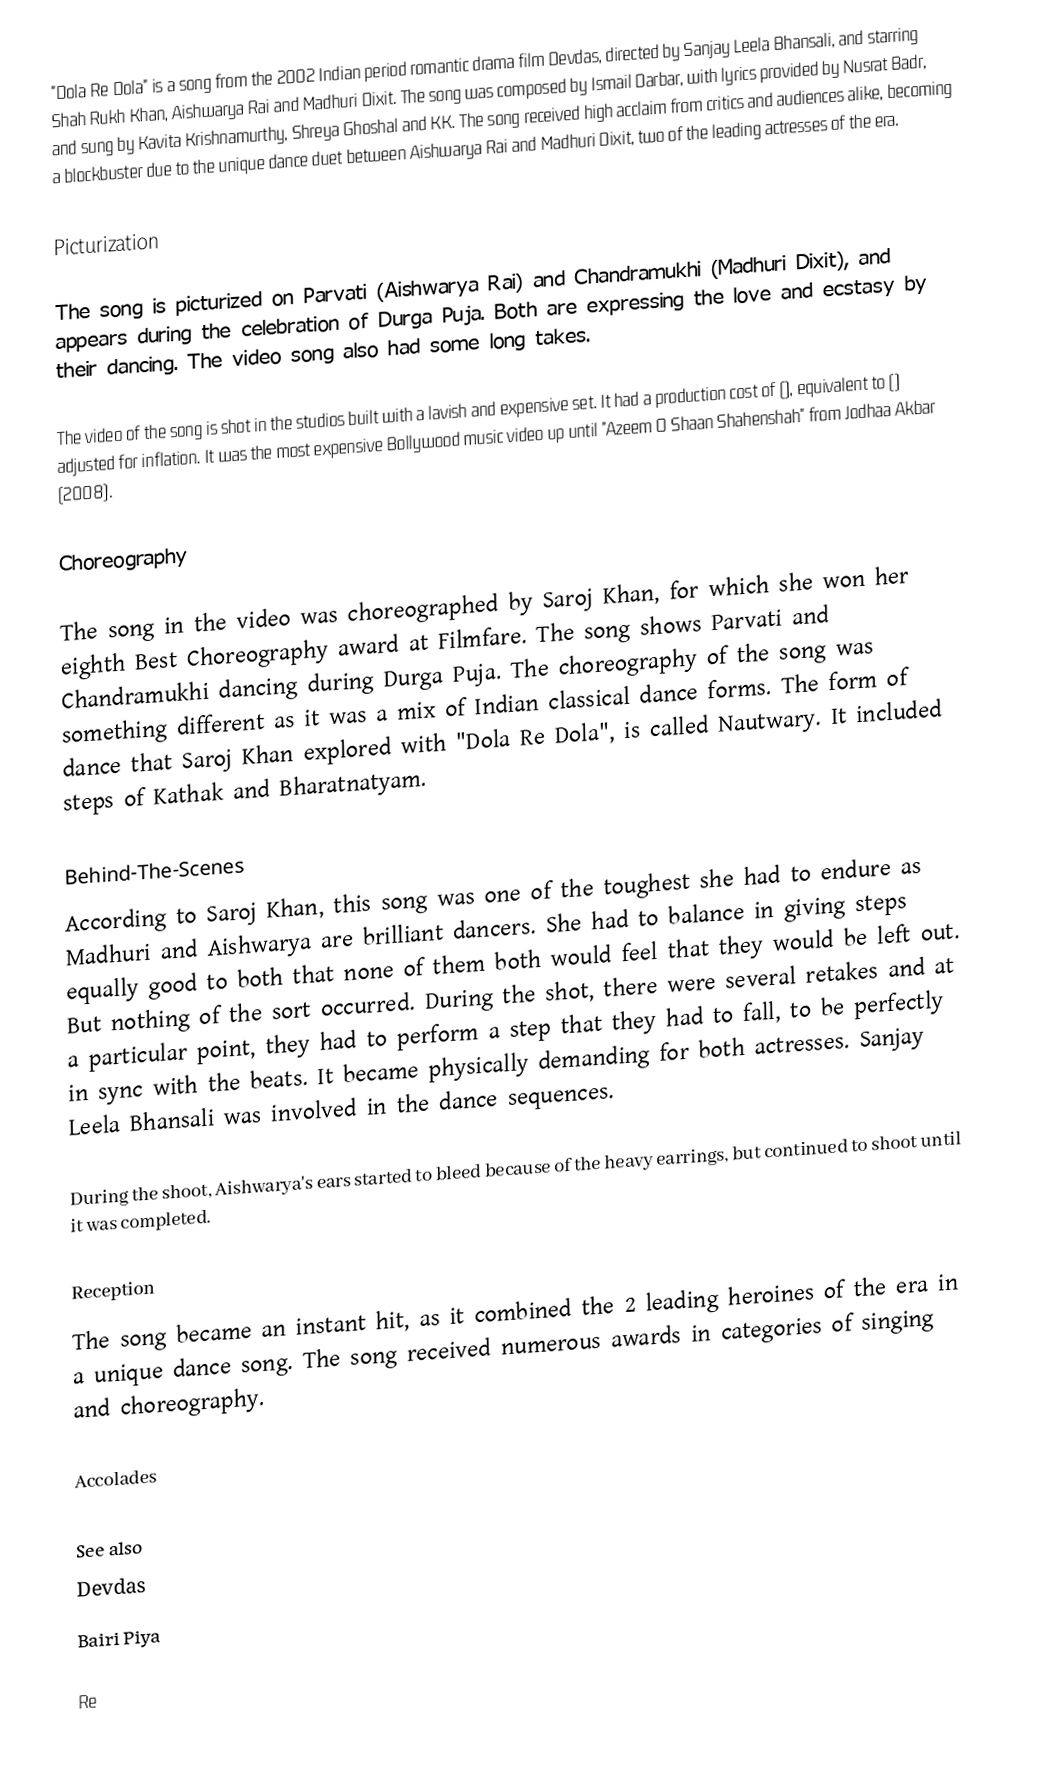
"Dola Re Dola" is a song from the 2002 Indian period romantic drama film Devdas, directed by Sanjay Leela Bhansali, and starring Shah Rukh Khan, Aishwarya Rai and Madhuri Dixit. The song was composed by Ismail Darbar, with lyrics provided by Nusrat Badr, and sung by Kavita Krishnamurthy, Shreya Ghoshal and KK. The song received high acclaim from critics and audiences alike, becoming a blockbuster due to the unique dance duet between Aishwarya Rai and Madhuri Dixit, two of the leading actresses of the era.

Picturization

The song is picturized on Parvati (Aishwarya Rai) and Chandramukhi (Madhuri Dixit), and appears during the celebration of Durga Puja. Both are expressing the love and ecstasy by their dancing. The video song also had some long takes.

The video of the song is shot in the studios built with a lavish and expensive set. It had a production cost of  (), equivalent to  () adjusted for inflation. It was the most expensive Bollywood music video up until "Azeem O Shaan Shahenshah" from Jodhaa Akbar (2008).

Choreography

The song in the video was choreographed by Saroj Khan, for which she won her eighth Best Choreography award at Filmfare. The song shows Parvati and Chandramukhi dancing during Durga Puja. The choreography of the song was something different as it was a mix of Indian classical dance forms. The form of dance that Saroj Khan explored with "Dola Re Dola", is called Nautwary. It included steps of Kathak and Bharatnatyam.

Behind-The-Scenes
According to Saroj Khan, this song was one of the toughest she had to endure as Madhuri and Aishwarya are brilliant dancers. She had to balance in giving steps equally good to both that none of them both would feel that they would be left out. But nothing of the sort occurred. During the shot, there were several retakes and at a particular point, they had to perform a step that they had to fall, to be perfectly in sync with the beats. It became physically demanding for both actresses. Sanjay Leela Bhansali was involved in the dance sequences.

During the shoot, Aishwarya's ears started to bleed because of the heavy earrings, but continued to shoot until it was completed.

Reception
The song became an instant hit, as it combined the 2 leading heroines of the era in a unique dance song. The song received numerous awards in categories of singing and choreography.

Accolades

See also
Devdas
Bairi Piya

Re